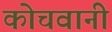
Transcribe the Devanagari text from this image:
कोचवानी